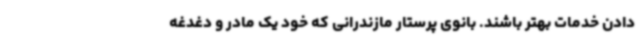
دادن خدمات بهتر باشند. بانوی پرستار مازندرانی که خود یک مادر و دغدغه